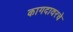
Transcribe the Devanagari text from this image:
कागदावरचे